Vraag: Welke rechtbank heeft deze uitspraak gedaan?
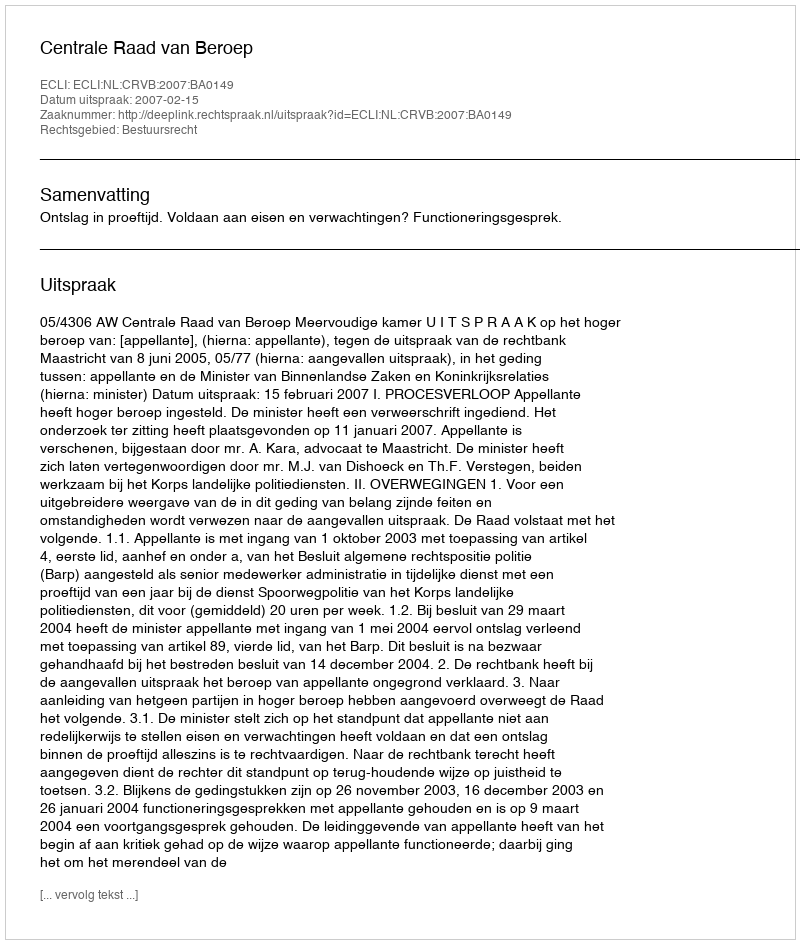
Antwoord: Centrale Raad van Beroep